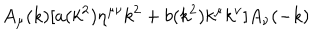
A _ { \mu } ( k ) [ a ( k ^ { 2 } ) \eta ^ { \mu \nu } k ^ { 2 } + b ( k ^ { 2 } ) k ^ { \mu } k ^ { \nu } ] A _ { \nu } ( - k )